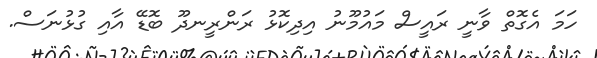
ހަމަ އެގޮތް ވާނީ ރައީސް މައުމޫނު އިދިކޮޅު ރަންރީނދޫ ބޮޑޭ އާއި ގުޅުނަސް.